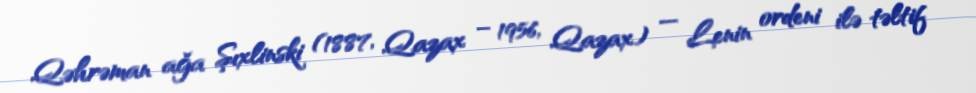
Qəhrəman ağa Şıxlinski (1887, Qazax – 1956, Qazax) — Lenin ordeni ilə təltif